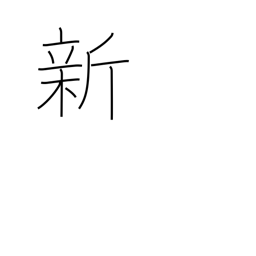
Meaning: new